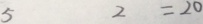
5 2 = 2 0